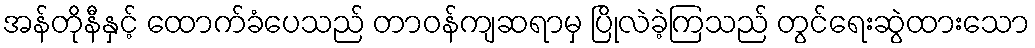
အန်တိုနီနှင့် ထောက်ခံပေသည် တာဝန်ကျဆရာမှ ပြိုလဲခဲ့ကြသည် တွင်ရေးဆွဲထားသော